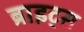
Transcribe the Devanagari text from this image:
ब्राइट्स